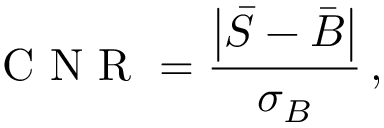
\mathrm { ~ C ~ N ~ R ~ } = \frac { \left| \bar { S } - \bar { B } \right| } { \sigma _ { B } } \, ,